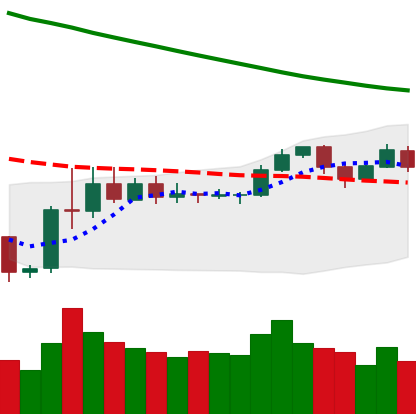
Ticker: LTC-USD
Chart end date: 2019-11-11
Forward return: -5.386%
Label: down_5_7